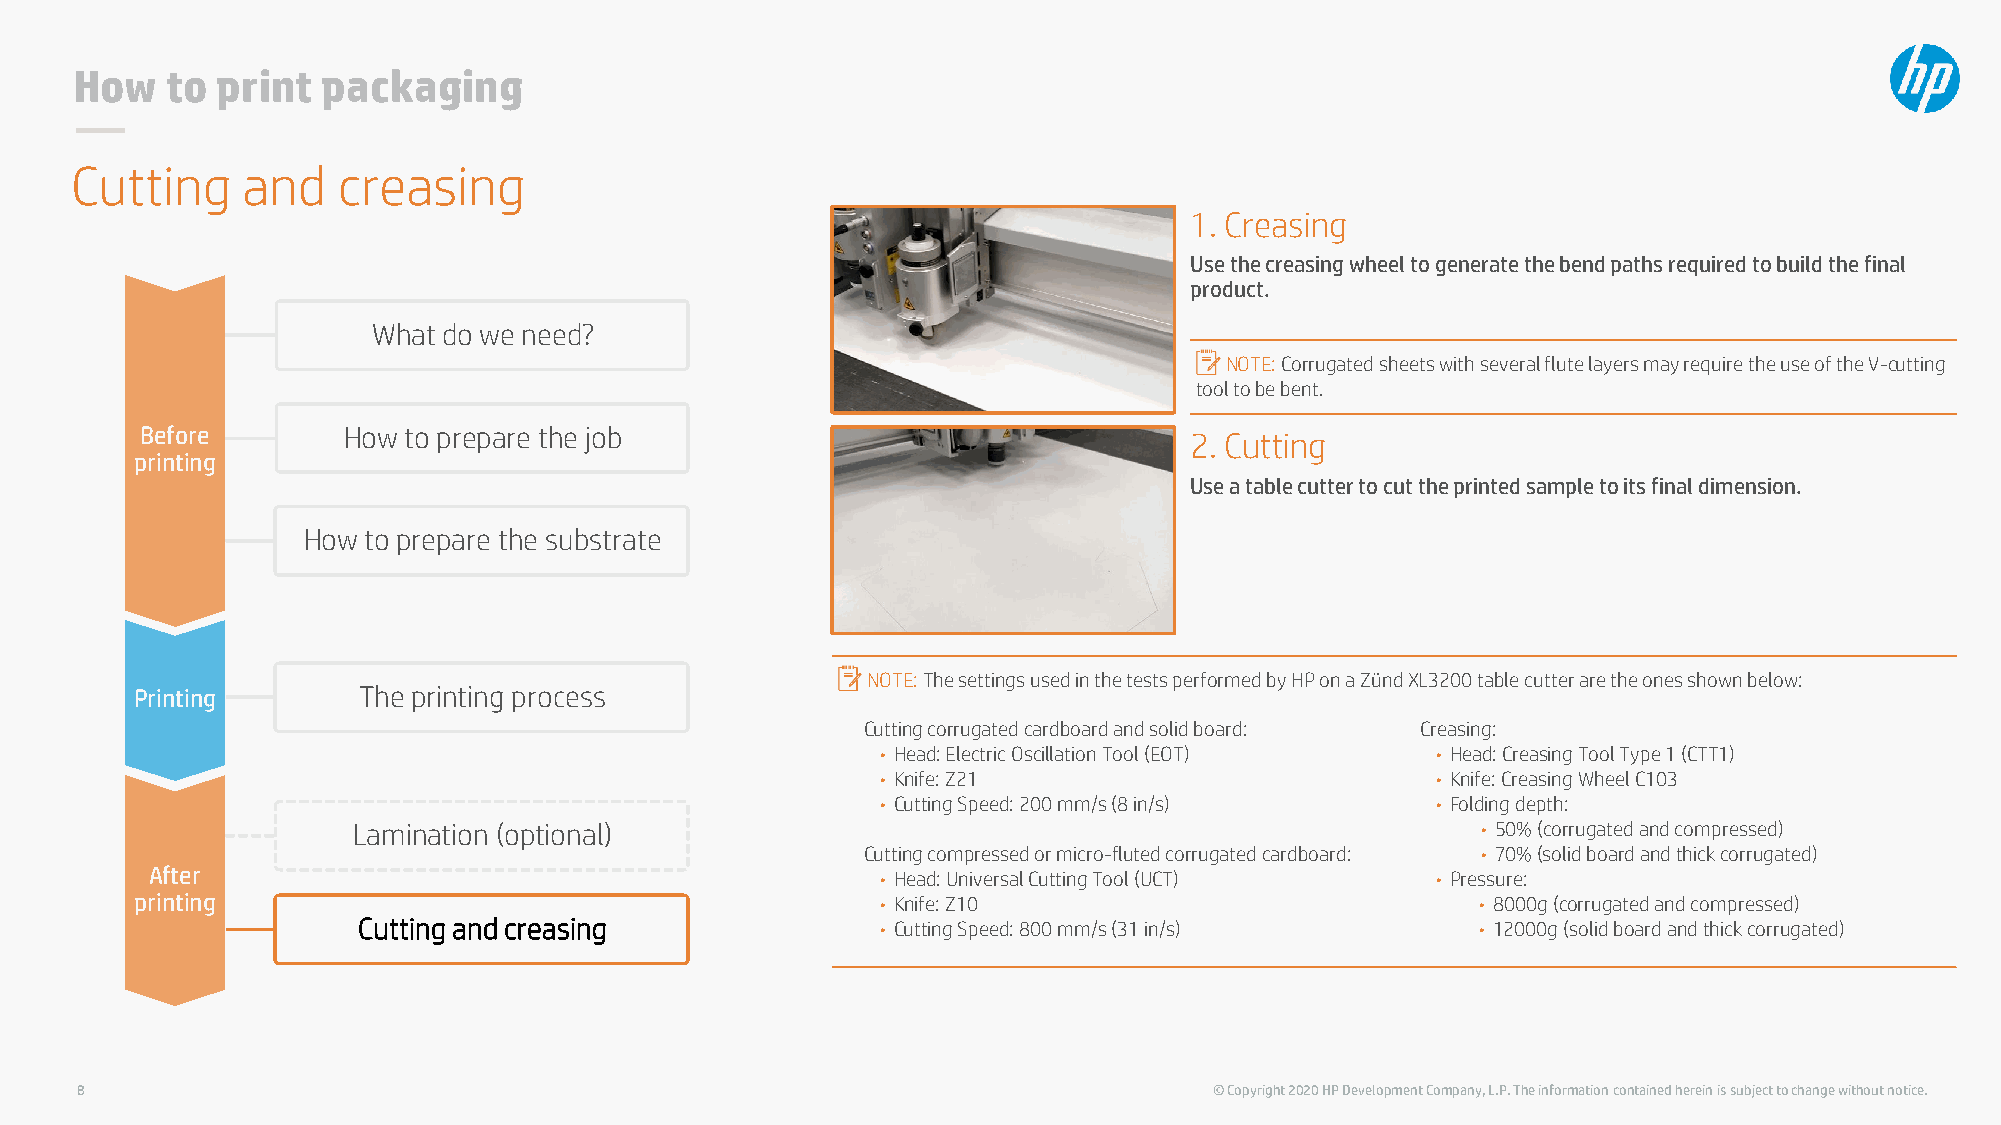
How   to print  packaging
 Cutting    and   creasing
 1. Creasing
 Use the creasing wheel to generate the bend paths required to build the final
 product.
 What do we need?
 NOTE: Corrugated sheets with several flute layers may require the use of the V-cutting
 tool to be bent.
 Before        How to prepare the job                                  2. Cutting
 printing
 Use a table cutter to cut the printed sample to its final dimension.
 How to prepare the substrate
 NOTE: The settings used in the tests performed by HP on a ZündXL3200 table cutter are the ones shown below:
 Printing       The printing process
 Cutting corrugated cardboard and solid board: Creasing:
 • Head: Electric Oscillation Tool (EOT) • Head: Creasing Tool Type 1 (CTT1)
 • Knife: Z21                         • Knife: Creasing Wheel C103
 • Cutting Speed: 200 mm/s (8 in/s)   • Folding depth:
 Lamination (optional)                                                      • 50% (corrugated and compressed)
 Cutting compressed or micro-fluted corrugated cardboard: • 70% (solid board and thick corrugated)
 After                                           • Head: Universal Cutting Tool (UCT) • Pressure:
 printing                                         • Knife: Z10                            • 8000g (corrugated and compressed)
 Cutting and creasing              • Cutting Speed: 800 mm/s (31 in/s)     • 12000g (solid board and thick corrugated)
 8                                                                          © Copyright 2020 HP Development Company, L.P. The information contained herein is subject to change without notice.